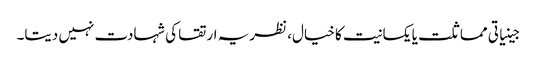
جینیاتی مماثلت یا یکسانیت کا خیال، نظریہ ارتقا کی شہادت نہیں دیتا۔